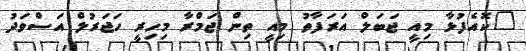
"ކޮއެފުޅާ މިއީ ޖަބަލް އަރަފާތު މިއީ ތިން ޖަމްރާ މިހިރީ ހަޖަރުލް އަސްވަދު